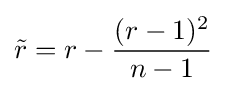
{\tilde {r}}=r-{\frac {(r-1)^{2}}{n-1}}